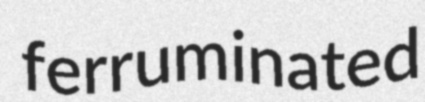
ferruminated